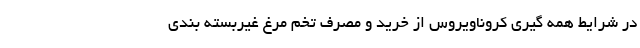
در شرایط همه گیری کروناویروس از خرید و مصرف تخم مرغ غیربسته بندی